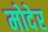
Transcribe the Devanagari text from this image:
मोदेर